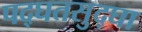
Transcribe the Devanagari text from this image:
पद्घतसुद्घा